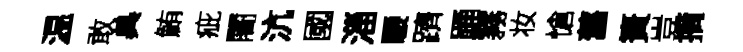
温敢兾鮪疵闍沆國淄騕躋踊霧妆愴舊簣豈摘